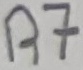
Text: R7